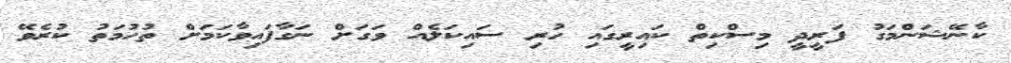
ކާނޭޝަންމަގު ފަރީދީ މިސްކިތް ކައިރީގައި ހުރި ސައިކަލެއް ވަގަށް ނަގާފައިވާކަމަށް ތުހުމަތު ކުރެވޭ